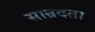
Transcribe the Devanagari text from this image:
सान्रदता